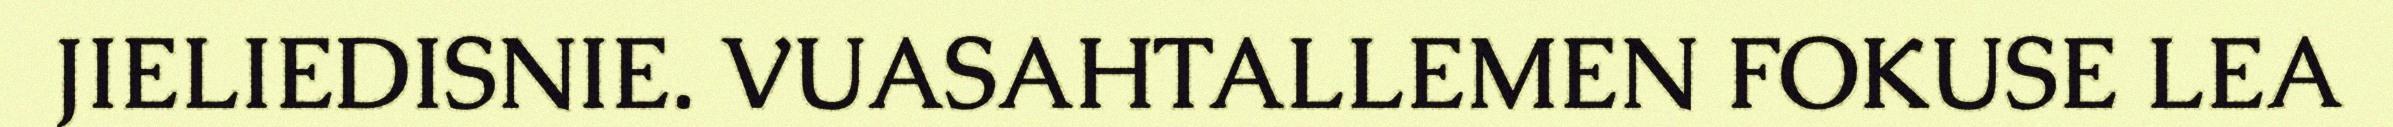
JIELIEDISNIE. VUASAHTALLEMEN FOKUSE LEA